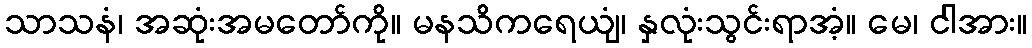
သာသနံ၊ အဆုံးအမတော်ကို။ မနသိကရေယျံ၊ နှလုံးသွင်းရာအံ့။ မေ၊ ငါအား။